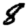
Digit: 8